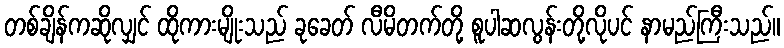
တစ်ချိန်ကဆိုလျှင် ထိုကားမျိုးသည် ခုခေတ် လီမိတက်တို့ စူပါဆလွန်းတို့လိုပင် နာမည်ကြီးသည်။